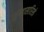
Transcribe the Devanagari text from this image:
मुंग्यासारिखे